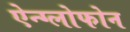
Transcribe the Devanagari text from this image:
ऐन्ग्लोफोन